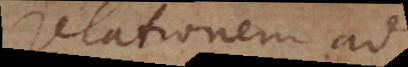
relationem ad